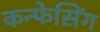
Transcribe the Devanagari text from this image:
कन्फेसिंग